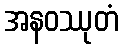
အနဝဿုတံ